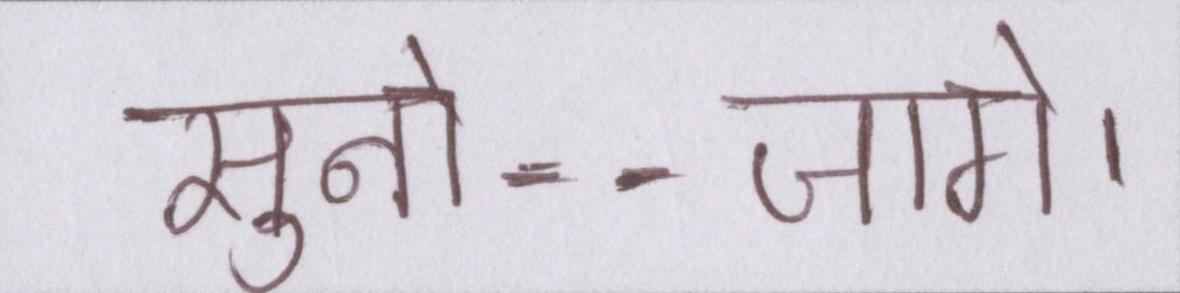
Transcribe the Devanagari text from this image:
सुनो--जागे।